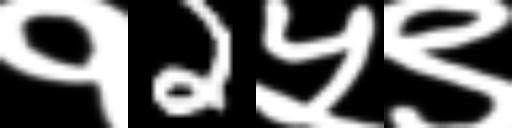
Text: १2५९